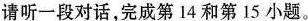
请听一段对话,完成第14和第 15 小题。